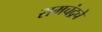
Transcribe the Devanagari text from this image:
रामचंद्रचे